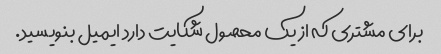
برای مشتری که از یک محصول شکایت دارد ایمیل بنویسید.